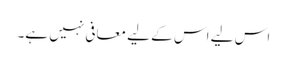
اس لیے اس کے لیے معافی نہیں ہے۔